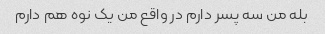
بله من سه پسر دارم در واقع من یک نوه هم دارم